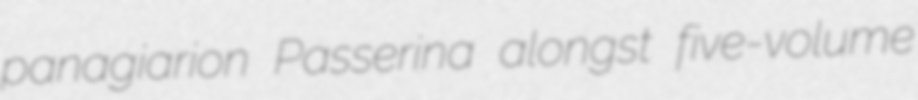
panagiarion Passerina alongst five-volume